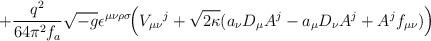
LaTeX: \begin{align*}+\frac{q^2}{64\pi^2f_a}\sqrt{-g}\epsilon^{\mu\nu\rho\sigma}\!\Big(V_{\mu\nu}{}^j+\sqrt{2\kappa}(a_\nu D_\mu A^j-a_\mu D_\nu A^j+A^j f_{\mu\nu})\Big)\end{align*}